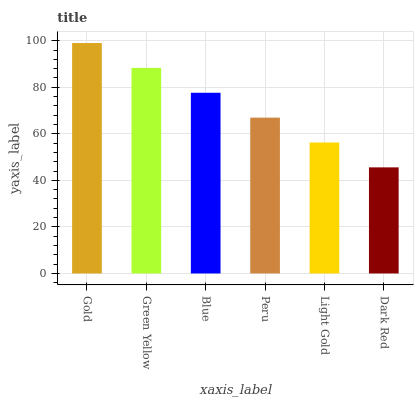
| xaxis_label | bars |
 | --- | --- |
 | Gold | 99 |
 | Green Yellow | 88.3 |
 | Blue | 77.6 |
 | Peru | 66.9 |
 | Light Gold | 56.3 |
 | Dark Red | 45.6 |